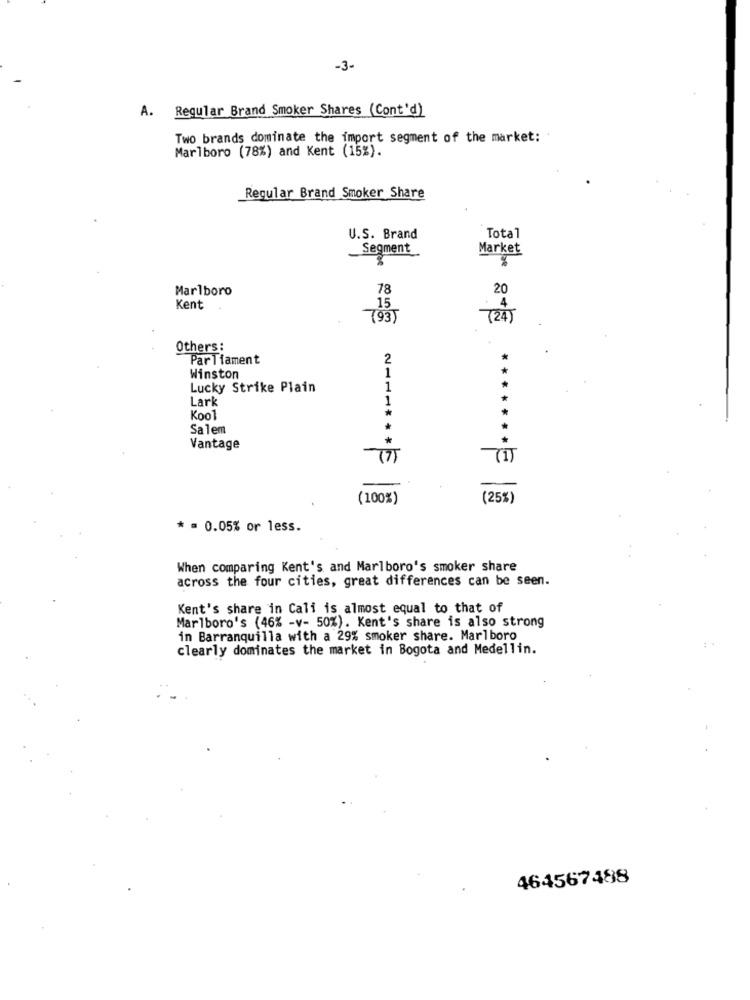
-3-
A. Regular Brand Smoker Shares (Cont'd)
Two brands dominate the import segment of the market:
Marlboro (78%) and Kent (15%).
Regular Brand Smoker Share
U.S. Brand
Total
Segment
Market
Marlboro
78
20
Kent
15
( 93 )
(24 )
Others:
Parliament
2
Winston
1
Lucky Strike Plain
1
Lark
1
Kool
Salem
Vantage
(I)
(100%)
(25%)
* = 0.05% or less.
When comparing Kent's and Marlboro's smoker share
across the four cities, great differences can be seen.
Kent's share in Cali is almost equal to that of
Marlboro's (46% -v- 50%). Kent's share is also strong
in Barranquilla with a 29% smoker share. Marlboro
clearly dominates the market in Bogota and Medellin.
464567488